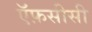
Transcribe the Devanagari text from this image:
ऍफ़सीसी